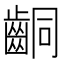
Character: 𪘍